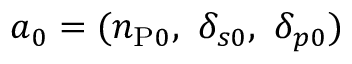
a _ { 0 } = ( n _ { \mathrm { P } 0 } , ~ \delta _ { s 0 } , ~ \delta _ { p 0 } )